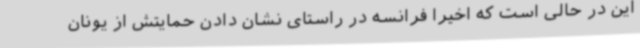
این در حالی است که اخیرا فرانسه در راستای نشان دادن حمایتش از یونان